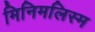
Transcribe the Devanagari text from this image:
मिनिमलिस्म